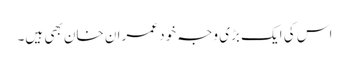
اس کی ایک بڑی وجہ خود عمران خان بھی ہیں۔